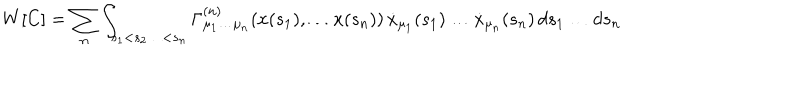
LaTeX: W [ C ] = \sum _ { n } \int _ { s _ { 1 } < s _ { 2 } \ldots < s _ { n } } \Gamma _ { \mu _ { 1 } \ldots \mu _ { n } } ^ { ( n ) } ( x ( s _ { 1 } ) , \ldots x ( s _ { n } ) ) \, \dot { x } _ { \mu _ { 1 } } ( s _ { 1 } ) \ldots \dot { x } _ { \mu _ { n } } ( s _ { n } ) \, d s _ { 1 } \ldots d s _ { n }